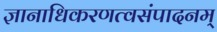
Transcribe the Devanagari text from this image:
ज्ञानाधिकरणत्वसंपादनम्